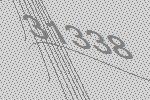
31338